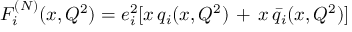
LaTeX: F _ { i } ^ { ( N ) } ( x , Q ^ { 2 } ) = e _ { i } ^ { 2 } [ x \, q _ { i } ( x , Q ^ { 2 } ) \, + \, x \, \bar { q } _ { i } ( x , Q ^ { 2 } ) ]